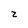
Character: z